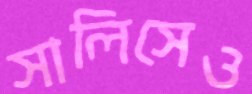
সালিসেও